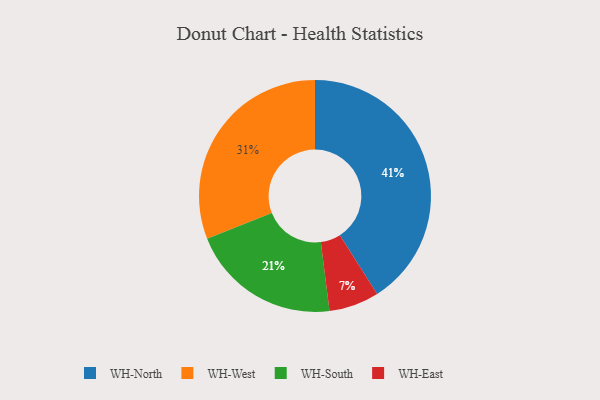
{"axis": {"x": "Category", "y": "Percentage"}, "legend": ["WH-East", "WH-North", "WH-South", "WH-West"], "data": [{"x": "WH-South", "y": 21, "type": "WH-South"}, {"x": "WH-West", "y": 31, "type": "WH-West"}, {"x": "WH-North", "y": 41, "type": "WH-North"}, {"x": "WH-East", "y": 7, "type": "WH-East"}]}